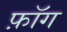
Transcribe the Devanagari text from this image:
फ़ॉग